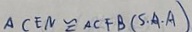
A C E N \cong A C F B ( S \cdot A \cdot A )